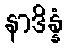
နာဒိန္နံ